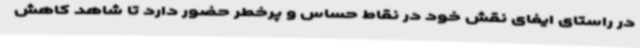
در راستای ایفای نقش خود در نقاط حساس و پرخطر حضور دارد تا شاهد کاهش